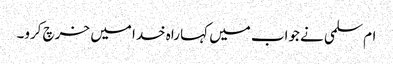
ام‌سلمی نے جواب میں کہا راہ خدا میں خرچ کرو۔